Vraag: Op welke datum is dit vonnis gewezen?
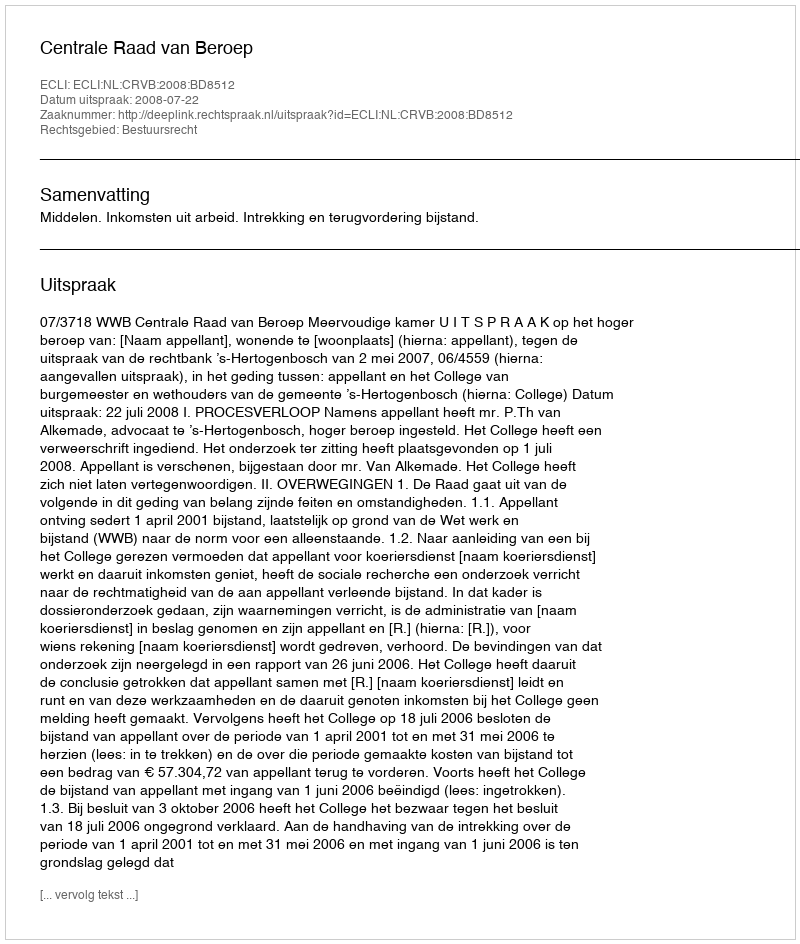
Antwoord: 2008-07-22